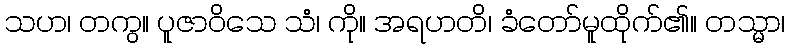
သဟ၊ တကွ။ ပူဇာဝိသေ သံ၊ ကို။ အရဟတိ၊ ခံတော်မူထိုက်၏။ တသ္မာ၊